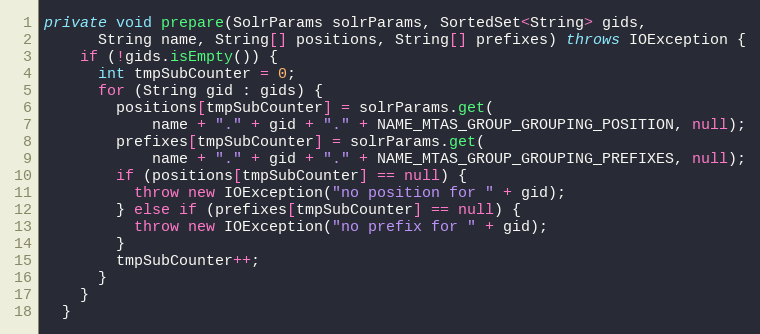
Language: Java
private void prepare(SolrParams solrParams, SortedSet<String> gids,
      String name, String[] positions, String[] prefixes) throws IOException {
    if (!gids.isEmpty()) {
      int tmpSubCounter = 0;
      for (String gid : gids) {
        positions[tmpSubCounter] = solrParams.get(
            name + "." + gid + "." + NAME_MTAS_GROUP_GROUPING_POSITION, null);
        prefixes[tmpSubCounter] = solrParams.get(
            name + "." + gid + "." + NAME_MTAS_GROUP_GROUPING_PREFIXES, null);
        if (positions[tmpSubCounter] == null) {
          throw new IOException("no position for " + gid);
        } else if (prefixes[tmpSubCounter] == null) {
          throw new IOException("no prefix for " + gid);
        }
        tmpSubCounter++;
      }
    }
  }